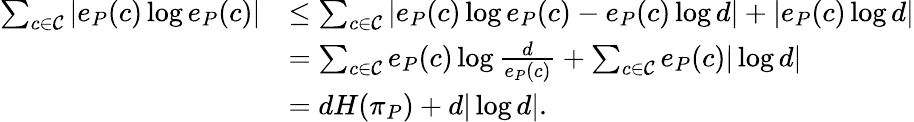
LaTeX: \begin{array}{rl}{\sum_{c\in\mathcal{C}}|e_{P}(c)\log e_{P}(c)|}&{\leq\sum_{c\in\mathcal{C}}|e_{P}(c)\log e_{P}(c)-e_{P}(c)\log d|+|e_{P}(c)\log d|}\\ &{=\sum_{c\in\mathcal{C}}e_{P}(c)\log\frac{d}{e_{P}(c)}+\sum_{c\in\mathcal{C}}e_{P}(c)|\log d|}\\ &{=dH(\pi_{P})+d|\log d|.}\end{array}